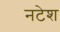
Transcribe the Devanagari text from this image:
नटेश